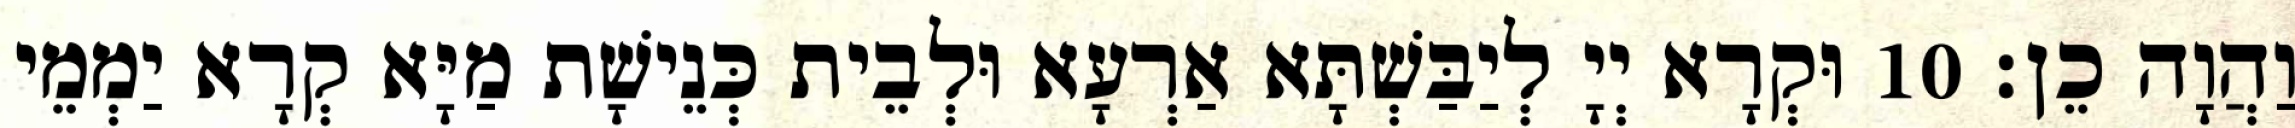
וַהֲוָה כֵן׃ 10 וּקְרָא יְיָ לְיַבַּשְׁתָּא אַרְעָא וּלְבֵית כְּנֵישָׁת מַיָּא קְרָא יַמְמֵי